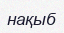
нақыб